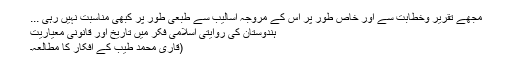
مجھے تقریر وخطابت سے اور خاص طور پر اس کے مروجہ اسالیب سے طبعی طور پر کبھی مناسبت نہیں رہی ...
ہندوستان کی روایتی اسلامی فکر میں تاریخ اور قانونی معیاریت
(قاری محمد طیبؒ کے افکار کا مطالعہ۔